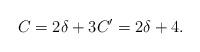
LaTeX: \begin{align*} C = 2\delta +3 C' = 2 \delta + 4.\end{align*}